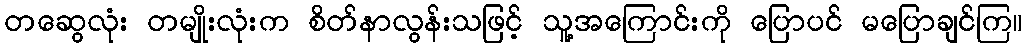
တဆွေလုံး တမျိုးလုံးက စိတ်နာလွန်းသဖြင့် သူ့အကြောင်းကို ပြောပင် မပြောချင်ကြ။